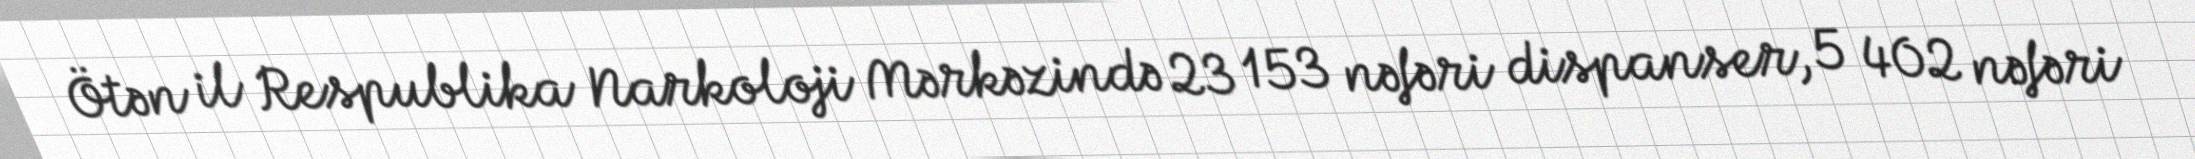
Ötən il Respublika Narkoloji Mərkəzində 23 153 nəfəri dispanser, 5 402 nəfəri